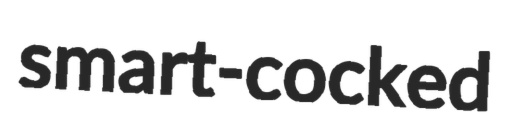
smart-cocked